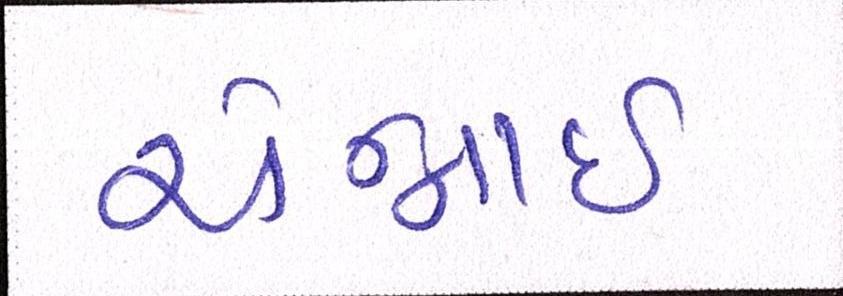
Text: ચેન્નાઇ